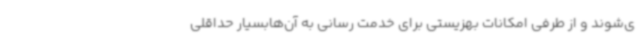
ی‌شوند و از طرفی امکانات بهزیستی برای خدمت رسانی به آن‌هابسیار حداقلی